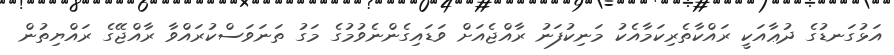
އަޅުގަނޑުގެ ދުޢާއަކީ ރައްކާތެރިކަމާއެކު މަނިކުފަނު ރާއްޖެއަށް ވަޑައިގެންނެވުމުގެ މަގު ތަނަވަސްކުރައްވާ ރާއްޖޭގެ ރައްޔިތުން